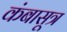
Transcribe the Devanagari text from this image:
कंबासूत्र